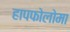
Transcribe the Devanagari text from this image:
हापफोलोमा